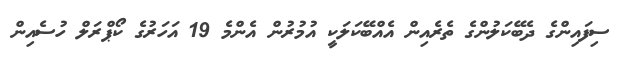
ސިފައިންގެ ދެބޭކަލުންގެ ތެރެއިން އެއްބޭކަލަކީ އުމުރުން އެންމެ 19 އަހަރުގެ ކޯޕްރަލް ހުސެއިން